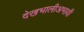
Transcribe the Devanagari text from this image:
देखभालीअभावी